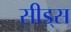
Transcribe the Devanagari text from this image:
सीड्‌स